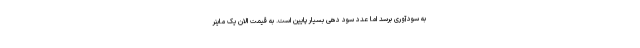
به سودآوری برسد اما عدد سود دهی بسیار پایین است. به قیمت الان یک ماینر